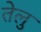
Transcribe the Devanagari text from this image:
तेलु